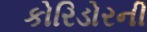
કોરિડોરની